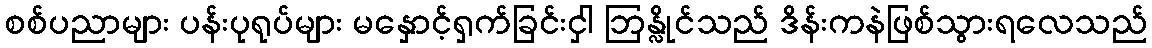
စစ်ပညာများ ပန်းပုရုပ်များ မနှောင့်ရှက်ခြင်းငှါ ဘြန္လိုင်သည် ဒိန်းကနဲဖြစ်သွားရလေသည်